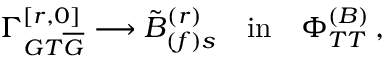
\Gamma _ { G T \overline { { { G } } } } ^ { [ r , 0 ] } \longrightarrow { \tilde { B } } _ { ( f ) s } ^ { ( r ) } \quad \mathrm { { i n } } \quad \Phi _ { T T } ^ { ( B ) } \, ,